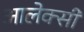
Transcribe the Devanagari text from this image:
आलेक्सी